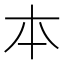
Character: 𠥽